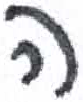
אות: ה